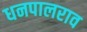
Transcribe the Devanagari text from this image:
धनपालराव